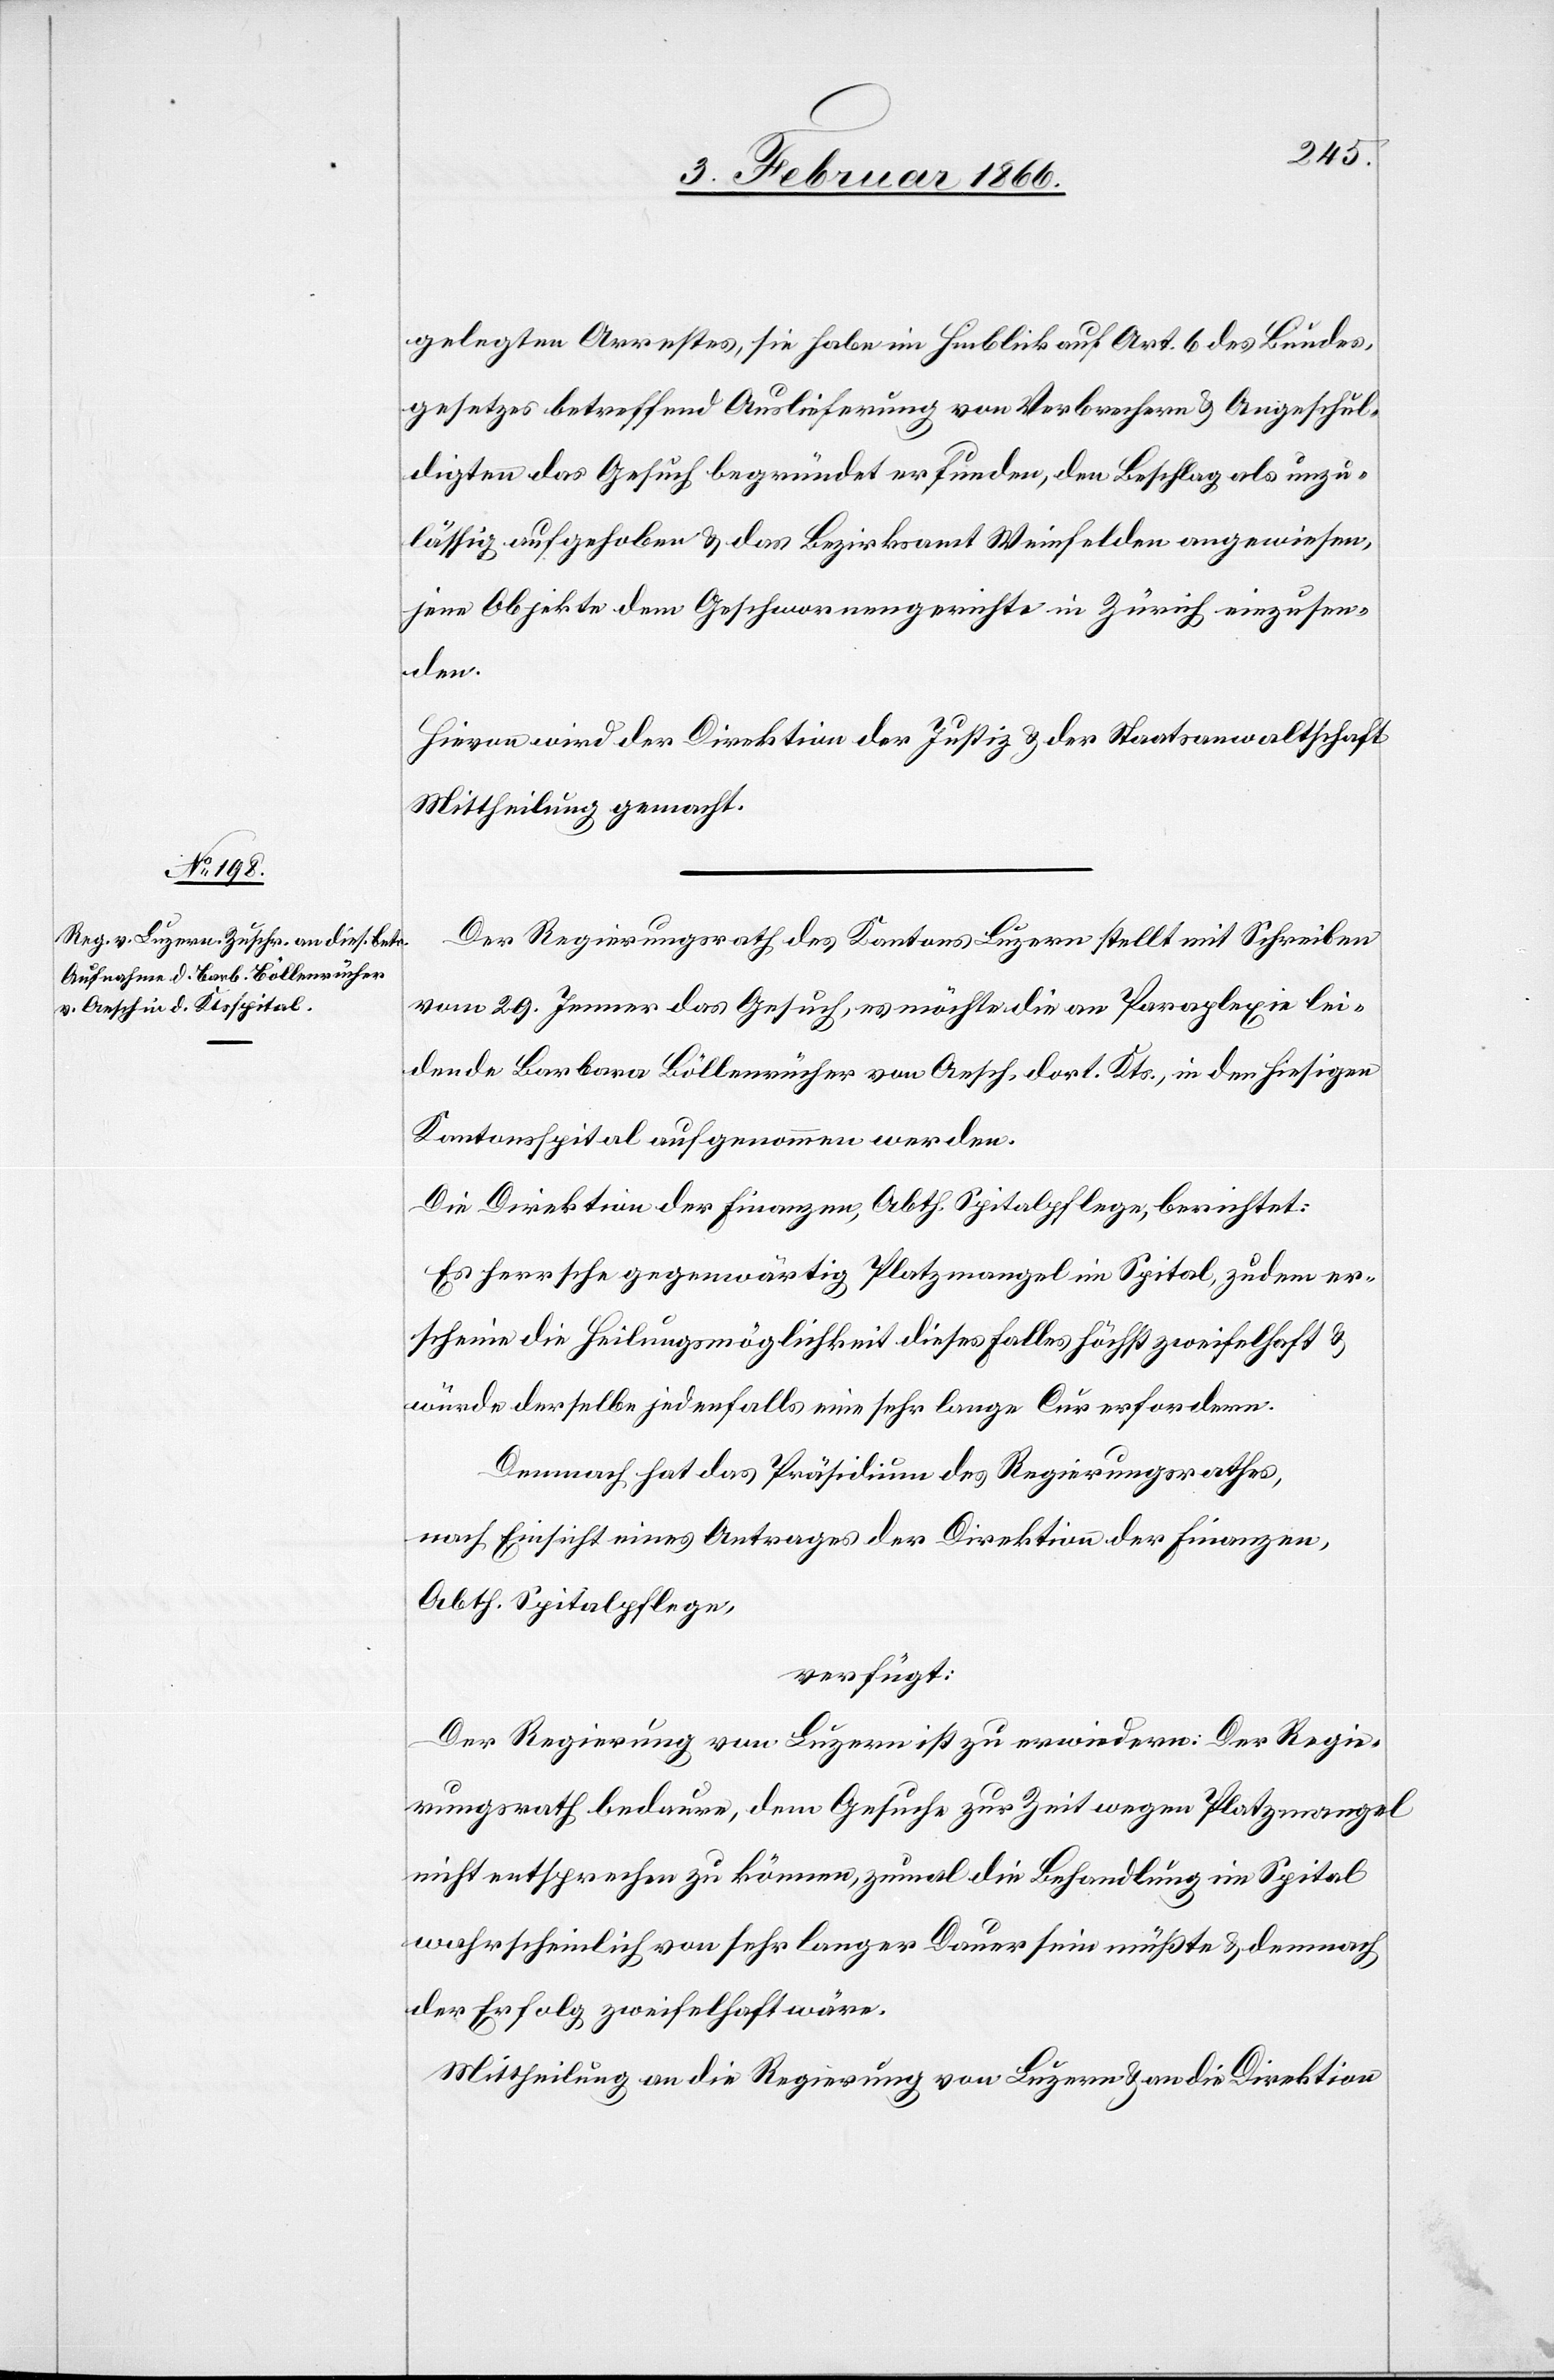
8. Februar 1866.]
gelegten Arrestes, sie habe im Hinblick auf Art. 6 des Bundes¬
gesetzes betreffend Auslieferung von Verbrechern u. Angeschul¬
digten das Gesuch begründet erfunden, den Beschlag als unzu¬
lässig aufgehoben u. das Bezirksamt Weinfelden angewiesen,
jene Objekte dem Geschworenengerichte in Zürich einzusen¬
den.
Hievon wird der Direktion der Justiz u. der Staatsanwaltschaft
Mittheilung gemacht.
Der Regierungsrath des Kantons Luzern stellt mit Schreiben
vom 29. Jenner das Gesuch, es möchte die an Paraplexie lei¬
dende Barbara Böllenrücher von Aesch, dort. Kts., in den hiesigen
Kantonsspital aufgenommen werden.
Die Direktion der Finanzen, Abth. Spitalpflege, berichtet:
Es herrsche gegenwärtig Platzmangel im Spital, zudem er¬
scheine die Heilungsmöglichkeit dieses Falles höchst zweifelhaft u.
würde derselbe jedenfalls eine sehr lange Cur erfordern.
Demnach hat das Präsidium des Regierungsrathes,
nach Einsicht eines Antrages der Direktion der Finanzen,
Abth. Spitalpflege,
verfügt:
Der Regierung von Luzern ist zu erwidern: Der Regie¬
rungsrath bedaure, dem Gesuche zur Zeit wegen Platzmangel
nicht entsprechen zu können, zumal die Behandlung im Spital
wahrscheinlich von sehr langer Dauer sein müßte u. demnach
der Erfolg zweifelhaft wäre.
Mittheilung an die Regierung von Luzern u. an die Direktion